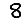
Digit: 8